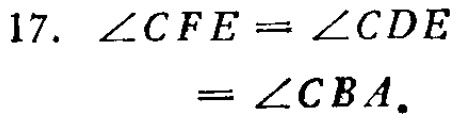
17. $\angle CFE=\angle CDE=\angle CBA.$